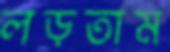
লড়তাম